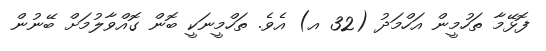
ފޮޅޭމާ ތަހުމީން އަހްމަދު (32 އ) އެވެ. ތަހްމީނަކީ ބޮން ގޮއްވާލުމަށް ބޭނުން